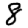
Digit: 8